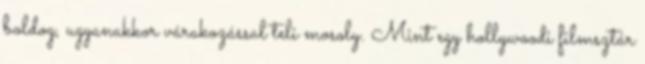
boldog, ugyanakkor várakozással teli mosoly. Mint egy hollywoodi filmsztár